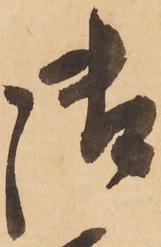
御